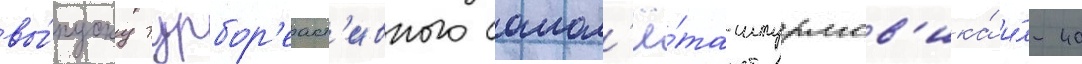
вы́пуску турбор'еакт'ивного самол'ё́та-штурмов'ика́ и́л-40